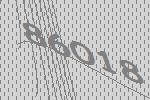
86018